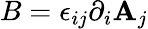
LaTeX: B=\epsilon_{ij}\partial_{i}\mathbf{A}_{j}